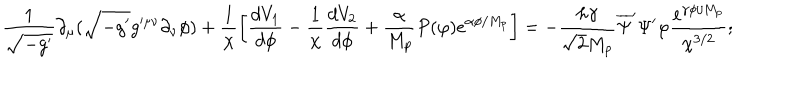
LaTeX: \frac { 1 } { \sqrt { - g ^ { \prime } } } \partial _ { \mu } ( \sqrt { - g ^ { \prime } } g ^ { \prime \mu \nu } \partial _ { \nu } \phi ) + \frac { 1 } { \chi } \left[ \frac { d V _ { 1 } } { d \phi } - \frac { 1 } { \chi } \frac { d V _ { 2 } } { d \phi } + \frac { \alpha } { M _ { p } } P ( \varphi ) e ^ { \alpha \phi / M _ { p } } \right] = - \frac { h \gamma } { \sqrt { 2 } M _ { p } } \overline { { { \Psi } } } ^ { \prime } \Psi ^ { \prime } \varphi \frac { e ^ { \gamma \phi / M _ { p } } } { \chi ^ { 3 / 2 } } ;